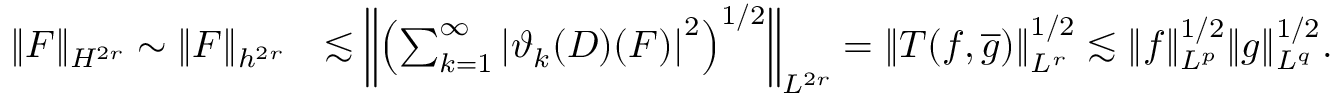
\begin{array} { r l } { \| F \| _ { H ^ { 2 r } } \sim \| F \| _ { h ^ { 2 r } } } & { \lesssim \left\Vert \left( \sum _ { k = 1 } ^ { \infty } \left| \vartheta _ { k } ( D ) ( F ) \right| ^ { 2 } \right) ^ { 1 / 2 } \right\Vert _ { L ^ { 2 r } } = \left\Vert T ( f , \overline { { g } } ) \right\Vert _ { L ^ { r } } ^ { 1 / 2 } \lesssim \| f \| _ { L ^ { p } } ^ { 1 / 2 } \| g \| _ { L ^ { q } } ^ { 1 / 2 } . } \end{array}